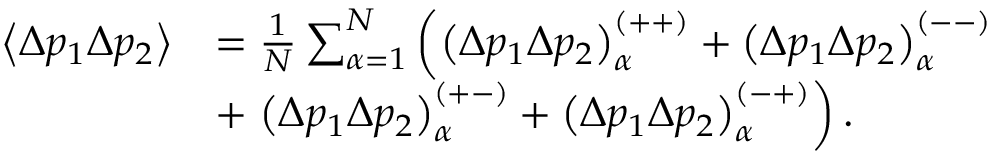
\begin{array} { r l } { \left\langle \Delta p _ { 1 } \Delta p _ { 2 } \right\rangle } & { = \frac { 1 } { N } \sum _ { \alpha = 1 } ^ { N } \left( \left( \Delta p _ { 1 } \Delta p _ { 2 } \right) _ { \alpha } ^ { \left( + + \right) } + \left( \Delta p _ { 1 } \Delta p _ { 2 } \right) _ { \alpha } ^ { \left( -- \right) } \right. } \\ & { + \left. \left( \Delta p _ { 1 } \Delta p _ { 2 } \right) _ { \alpha } ^ { \left( + - \right) } + \left( \Delta p _ { 1 } \Delta p _ { 2 } \right) _ { \alpha } ^ { \left( - + \right) } \right) . } \end{array}